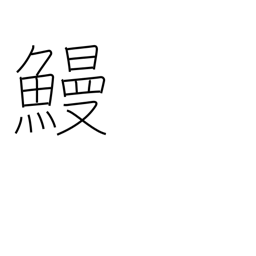
Meaning: eel